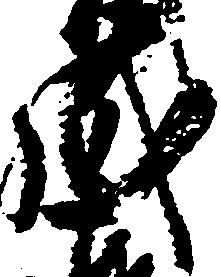
成